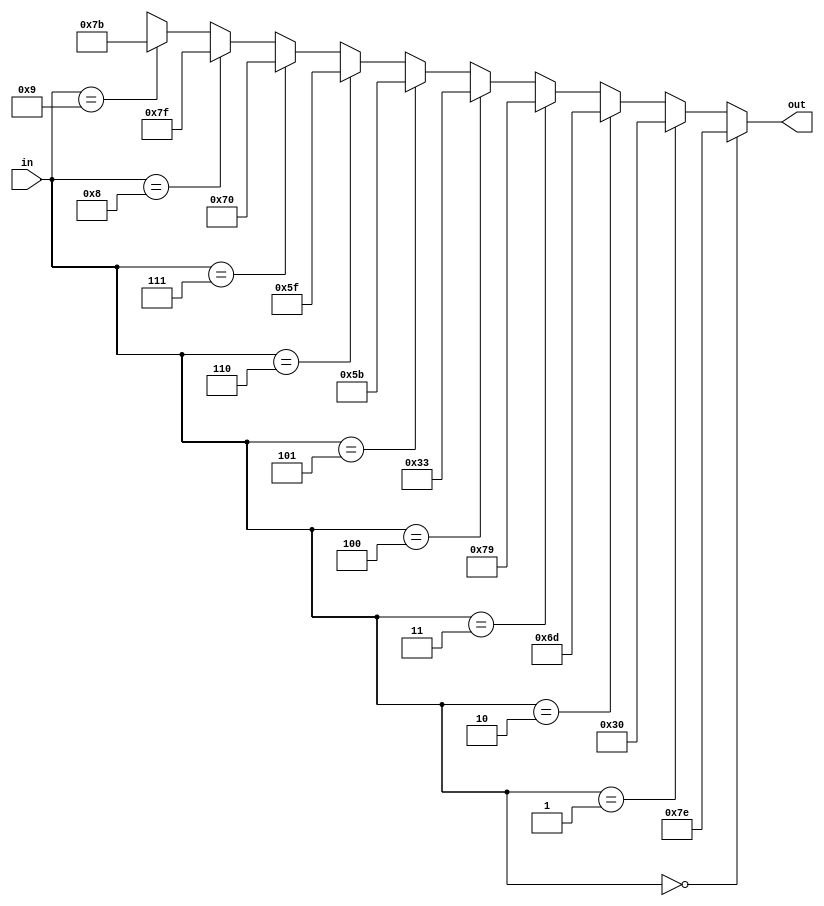
module BCD_to_7segment(
    input wire[3:0] in,
    output wire[6:0] out
);
    assign out =
        (in == 'd0) ? 7'b1111110 : // 7e
        (in == 'd1) ? 7'b0110000 : // 30
        (in == 'd2) ? 7'b1101101 : // 6d
        (in == 'd3) ? 7'b1111001 : // 79
        (in == 'd4) ? 7'b0110011 : // 33
        (in == 'd5) ? 7'b1011011 : // 5b
        (in == 'd6) ? 7'b1011111 : // 5f
        (in == 'd7) ? 7'b1110000 : // 70
        (in == 'd8) ? 7'b1111111 : // 7f
        (in == 'd9) ? 7'b1111011 : // 7b
        7'bx;

endmodule

module segment7_decoder(
    input wire[3:0] sec_ones, sec_tens, min, 
    output wire[6:0] sec_ones_segs, sec_tens_segs, min_segs
);
    BCD_to_7segment ones(.in(sec_ones), .out(sec_ones_segs));

    wire[6:0] tens_temp;
    BCD_to_7segment tens(.in(sec_tens), .out(tens_temp));
    assign sec_tens_segs = (sec_tens == 0 & min == 0) ? 7'b0 : tens_temp;

    wire[6:0] min_temp;
    BCD_to_7segment mins(.in(min), .out(min_temp));
    assign min_segs = (min == 0) ? 7'b0 : min_temp;

endmodule